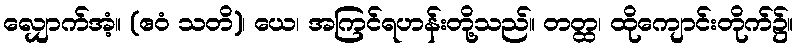
လျှောက်အံ့။ (ဧဝံ သတိ)၊ ယေ၊ အကြင်ရဟန်းတို့သည်။ တတ္ထ၊ ထိုကျောင်းတိုက်၌။